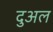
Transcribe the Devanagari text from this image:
दुअल